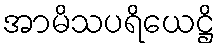
အာမိသပရိယေဋ္ဌိ